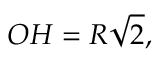
O H = R { \sqrt { 2 } } ,